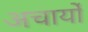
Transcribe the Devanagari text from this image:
अचार्यो